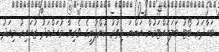
ބަހާދަރު ބޯޓު ބަލަހައްޓަމުން އަންނަ މިތުރު ކުންފުނީގެ ވެރިޔާ މުހައްމަދު ޒުހައިރު މިއަދު